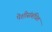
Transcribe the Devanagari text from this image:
पेशीसंबंधित